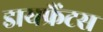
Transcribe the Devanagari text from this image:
डायफ्रैंटस